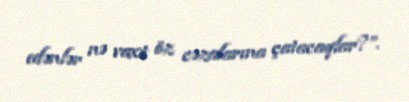
edənlər nə vaxt öz cəzalarına çatacaqlar?”.